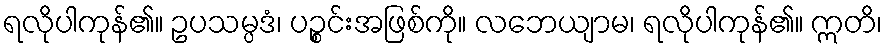
ရလိုပါကုန်၏။ ဥပသမ္ပဒံ၊ ပဉ္စင်းအဖြစ်ကို။ လဘေယျာမ၊ ရလိုပါကုန်၏။ ဣတိ၊